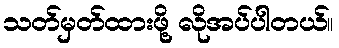
သတ်မှတ်ထားဖို့ လိုအပ်ပါတယ်။